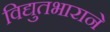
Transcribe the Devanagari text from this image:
विद्युतभाराने